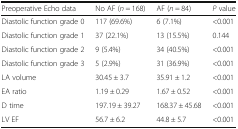
<table><thead><tr><td><b>Preoperative Echo data</b></td><td><b>No AF (<i>n</i> = 168)</b></td><td><b>AF (<i>n</i> = 84)</b></td><td><b><i>P</i> value</b></td></tr></thead><tbody><tr><td>Diastolic function grade 0</td><td>117 (69.6%)</td><td>6 (7.1%)</td><td>&lt;0.001</td></tr><tr><td>Diastolic function grade 1</td><td>37 (22.1%)</td><td>13 (15.5%)</td><td>0.144</td></tr><tr><td>Diastolic function grade 2</td><td>9 (5.4%)</td><td>34 (40.5%)</td><td>&lt;0.001</td></tr><tr><td>Diastolic function grade 3</td><td>5 (2.9%)</td><td>31 (36.9%)</td><td>&lt;0.001</td></tr><tr><td>LA volume</td><td>30.45 ± 3.7</td><td>35.91 ± 1.2</td><td>&lt;0.001</td></tr><tr><td>EA ratio</td><td>1.19 ± 0.29</td><td>1.67 ± 0.52</td><td>&lt;0.001</td></tr><tr><td>D time</td><td>197.19 ± 39.27</td><td>168.37 ± 45.68</td><td>&lt;0.001</td></tr><tr><td>LV EF</td><td>56.7 ± 6.2</td><td>44.8 ± 5.7</td><td>&lt;0.001</td></tr></tbody></table>